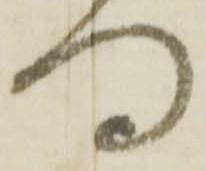
何